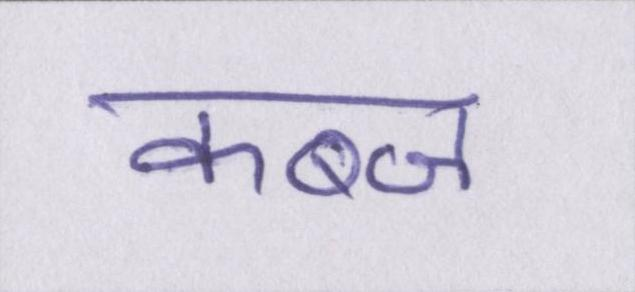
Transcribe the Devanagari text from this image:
कब्ज